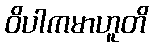
ဝိပါကမာဟူတိ